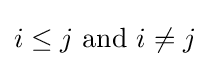
i\leq j{\text{ and }}i\neq j